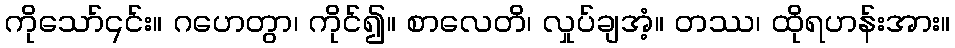
ကိုသော်၎င်း။ ဂဟေတွာ၊ ကိုင်၍။ စာလေတိ၊ လှုပ်ချအံ့။ တဿ၊ ထိုရဟန်းအား။